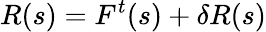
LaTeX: R(s)=F^{t}(s)+\delta R(s)